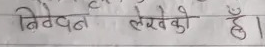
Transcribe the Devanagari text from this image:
निवेदन लेखको है।